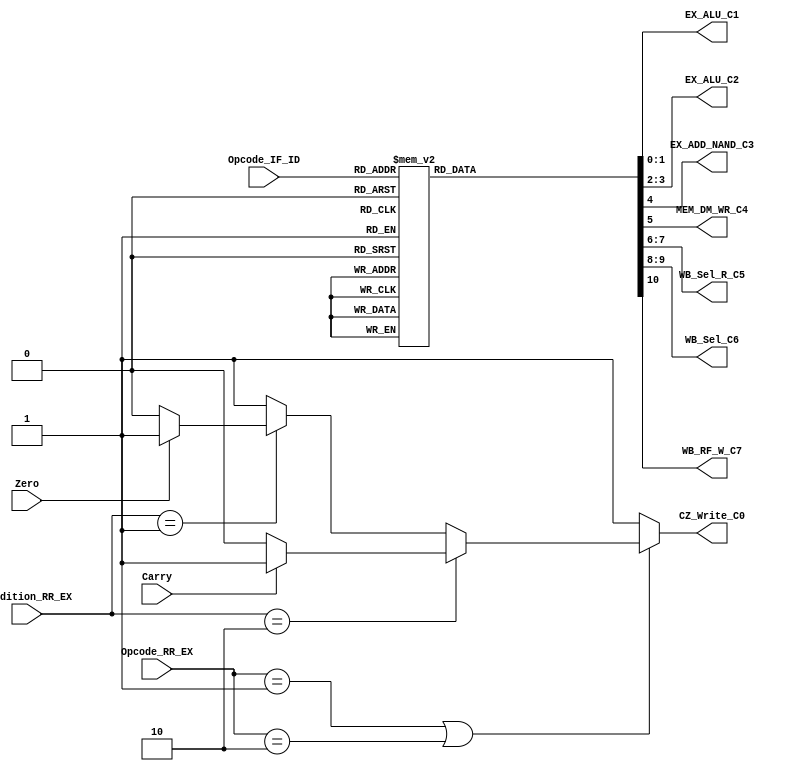
module Controller (Opcode_IF_ID, Carry, Zero,
						 Opcode_RR_EX, Condition_RR_EX,

						 CZ_Write_C0,
						 EX_ALU_C1, EX_ALU_C2,
						 EX_ADD_NAND_C3,
						 MEM_DM_WR_C4, 
						 WB_Sel_R_C5, WB_Sel_C6,
						 WB_RF_W_C7);
						 
//-------------------------------------------------- I/O Ports

input  [3:0] Opcode_IF_ID;
input        Carry, Zero;

input  [3:0] Opcode_RR_EX;
input  [1:0] Condition_RR_EX;

output reg       CZ_Write_C0;

output reg [1:0] EX_ALU_C1, EX_ALU_C2;
output reg       EX_ADD_NAND_C3;
output reg       MEM_DM_WR_C4;
output reg [1:0] WB_Sel_R_C5, WB_Sel_C6;
output reg       WB_RF_W_C7;

//-------------------------------------------------- Combinational Logic

always @(*)
begin

	if ((Opcode_RR_EX == 4'b0001)||(Opcode_RR_EX == 4'b0010))
		begin
			if (Condition_RR_EX == 2'b10)
				begin
					if (Carry == 1'b0)
						CZ_Write_C0 <= 1'b0;
					else
						CZ_Write_C0 <= 1'b1;
				end
			else if (Condition_RR_EX == 2'b01)
				begin
					if (Zero == 1'b0)
						CZ_Write_C0 <= 1'b0;
					else
						CZ_Write_C0 <= 1'b1;
				end
			else
				CZ_Write_C0 <= 1'b1;
		end
	else
		CZ_Write_C0 <= 1'b1;


	case (Opcode_IF_ID)
		4'b0001: begin
						EX_ALU_C1 		<= 2'b00;
						EX_ALU_C2 		<= 2'b00;
						EX_ADD_NAND_C3 <= 1'b1;
						MEM_DM_WR_C4	<= 1'b0;
						WB_Sel_R_C5	   <= 2'b00;
						WB_Sel_C6		<= 1'b00;
						WB_RF_W_C7		<= 1'b1;
					end
			
		4'b0000: begin
						EX_ALU_C1 		<= 2'b00;
						EX_ALU_C2 		<= 2'b10;
						EX_ADD_NAND_C3 <= 1'b1;
						MEM_DM_WR_C4	<= 1'b0;
						WB_Sel_R_C5	   <= 2'b01;
						WB_Sel_C6		<= 2'b00;
						WB_RF_W_C7		<= 1'b1;
					end
		
		4'b0010: begin
						EX_ALU_C1 		<= 2'b00;
						EX_ALU_C2 		<= 2'b00;
						EX_ADD_NAND_C3 <= 1'b0;
						MEM_DM_WR_C4	<= 1'b0;
						WB_Sel_R_C5	   <= 2'b00;
						WB_Sel_C6		<= 2'b00;
						WB_RF_W_C7		<= 1'b1;
				
					end
		
		4'b0100: begin
						EX_ALU_C1 		<= 2'b01;
						EX_ALU_C2 		<= 2'b10;
						EX_ADD_NAND_C3 <= 1'b1;
						MEM_DM_WR_C4	<= 1'b0;
						WB_Sel_R_C5	   <= 2'b10;
						WB_Sel_C6		<= 2'b10;
						WB_RF_W_C7		<= 1'b1;
					end
		
		4'b0101: begin
						EX_ALU_C1 		<= 2'b01;
						EX_ALU_C2 		<= 2'b10;
						EX_ADD_NAND_C3 <= 1'b1;
						MEM_DM_WR_C4	<= 1'b1;
						WB_Sel_R_C5	   <= 2'b00;
						WB_Sel_C6		<= 2'b00;
						WB_RF_W_C7		<= 1'b0;
					end
		
		4'b1000: begin
						EX_ALU_C1 		<= 2'b10;
						EX_ALU_C2 		<= 2'b10;
						EX_ADD_NAND_C3 <= 1'b1;
						MEM_DM_WR_C4	<= 1'b0;
						WB_Sel_R_C5	   <= 2'b00;
						WB_Sel_C6		<= 2'b00;
						WB_RF_W_C7		<= 1'b0;
					end
		
		4'b1001: begin
						EX_ALU_C1 		<= 2'b10;
						EX_ALU_C2 		<= 2'b11;
						EX_ADD_NAND_C3 <= 1'b1;
						MEM_DM_WR_C4	<= 1'b0;
						WB_Sel_R_C5	   <= 2'b10;
						WB_Sel_C6		<= 2'b01;
						WB_RF_W_C7		<= 1'b1;
					end
		
		4'b1010: begin
						EX_ALU_C1 		<= 2'b11;
						EX_ALU_C2 		<= 2'b00;
						EX_ADD_NAND_C3 <= 1'b1;
						MEM_DM_WR_C4	<= 1'b0;
						WB_Sel_R_C5	   <= 2'b10;
						WB_Sel_C6		<= 2'b01;
						WB_RF_W_C7		<= 1'b1;
					end
		
		4'b1011: begin
						EX_ALU_C1 		<= 2'b00;
						EX_ALU_C2 		<= 2'b11;
						EX_ADD_NAND_C3 <= 1'b1;
						MEM_DM_WR_C4	<= 1'b0;
						WB_Sel_R_C5	   <= 2'b00;
						WB_Sel_C6		<= 2'b00;
						WB_RF_W_C7		<= 1'b0;
					end
		
		default: begin
						EX_ALU_C1 		<= 2'b00;
						EX_ALU_C2 		<= 2'b00;
						EX_ADD_NAND_C3 <= 1'b1;
						MEM_DM_WR_C4	<= 1'b0;
						WB_Sel_R_C5	   <= 2'b00;
						WB_Sel_C6		<= 2'b00;
						WB_RF_W_C7		<= 1'b0 ;
					end
	endcase
	
end

endmodule